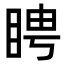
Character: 䀻